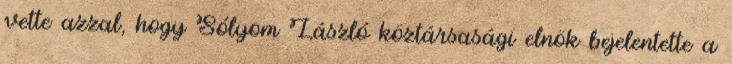
vette azzal, hogy Sólyom László köztársasági elnök bejelentette a